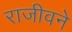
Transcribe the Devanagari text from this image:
राजीवने